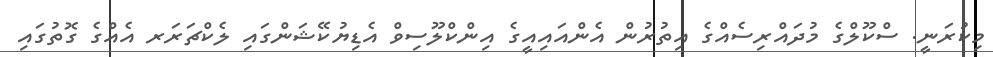
މިކުރަނީ. ސްކޫލްގެ މުދައްރިސެއްގެ އިތުރުން އެންއައިއީގެ އިންކްލޫސިވް އެޑިޔުކޭޝަންގައި ލެކްޗަރަރ އެއްގެ ގޮތުގައި